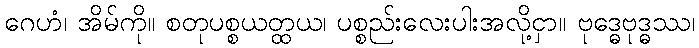
ဂေဟံ၊ အိမ်ကို။ စတုပစ္စယတ္ထယ၊ ပစ္စည်းလေးပါးအလို့ငှာ။ ဗုဒ္ဓေဗုဒ္ဓဿ၊